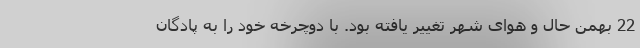
22 بهمن حال و هوای شهر تغییر یافته بود. با دوچرخه خود را به پادگان